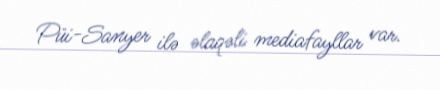
Püi-Sanyer ilə əlaqəli mediafayllar var.